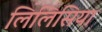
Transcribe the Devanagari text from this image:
लिलिसिया